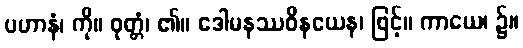
ပဟာနံ၊ ကို။ ဝုတ္တံ၊ ၏။ ဒေါမနဿဝိနယေန၊ ဖြင့်။ ကာယေ၊ ၌။